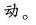
动。